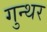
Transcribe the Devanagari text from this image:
गुन्थर